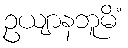
ဥယျာနဘူမိံ